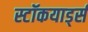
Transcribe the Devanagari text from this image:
स्टॉकयार्ड्स